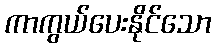
ကာကွယ်ပေးနိုင်သော